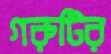
গরুটির